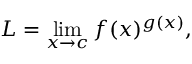
L = \operatorname* { l i m } _ { x \to c } f ( x ) ^ { g ( x ) } ,